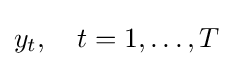
y_{t},\quad t=1,\ldots ,T